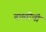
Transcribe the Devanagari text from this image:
बचतीची